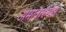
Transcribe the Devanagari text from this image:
अमावास्येस